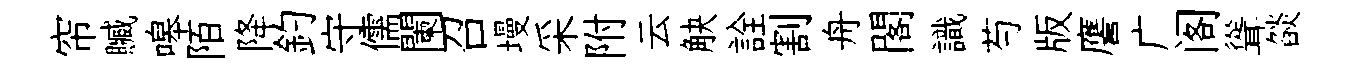
帘贓嗥陌降釣守儒闌召墁采附云觖詮割舟閣識芍版譍广阁聳燄